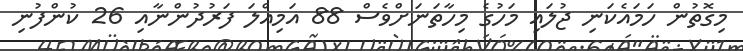
މިގޮތުން ހަމައެކަނި ޖުލައި މަހުގެ މިހާތަނަށްވެސް 88 އަމިއްލަ ފަރުދުންނާއި 26 ކުންފުނި